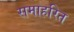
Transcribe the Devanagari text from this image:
समाहरित